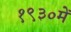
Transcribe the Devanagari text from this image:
१९३०में